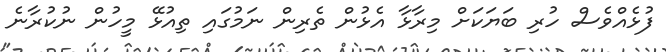
ފުޅެއްވެސް ހުރި ބަޔަކަށް މިރާޅާ އެޅުން ތެރިން ނަމުގައި ތިއުޅޭ މީހުން ނުކުރާނެ